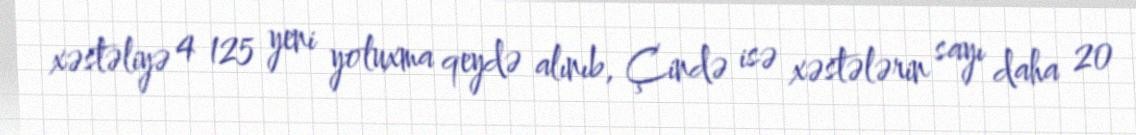
xəstəliyə 4 125 yeni yoluxma qeydə alınıb, Çində isə xəstələrin sayı daha 20